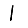
Digit: 1